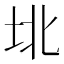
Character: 𰉟